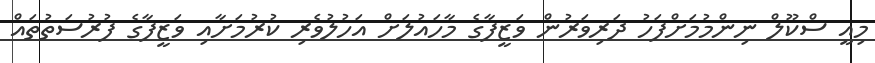
މިއީ ސްކޫލް ނިންމުމަށްފަހު ދަރިވަރުން ވަޒީފާގެ މާހައުލަށް އަހުލުވެރި ކުރުމަށާއި ވަޒީފާގެ ފުރުސަތުތައް